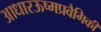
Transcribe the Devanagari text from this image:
आधारऊष्मप्रवैगिकी